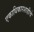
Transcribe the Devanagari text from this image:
एकाधिकारशाहीचे